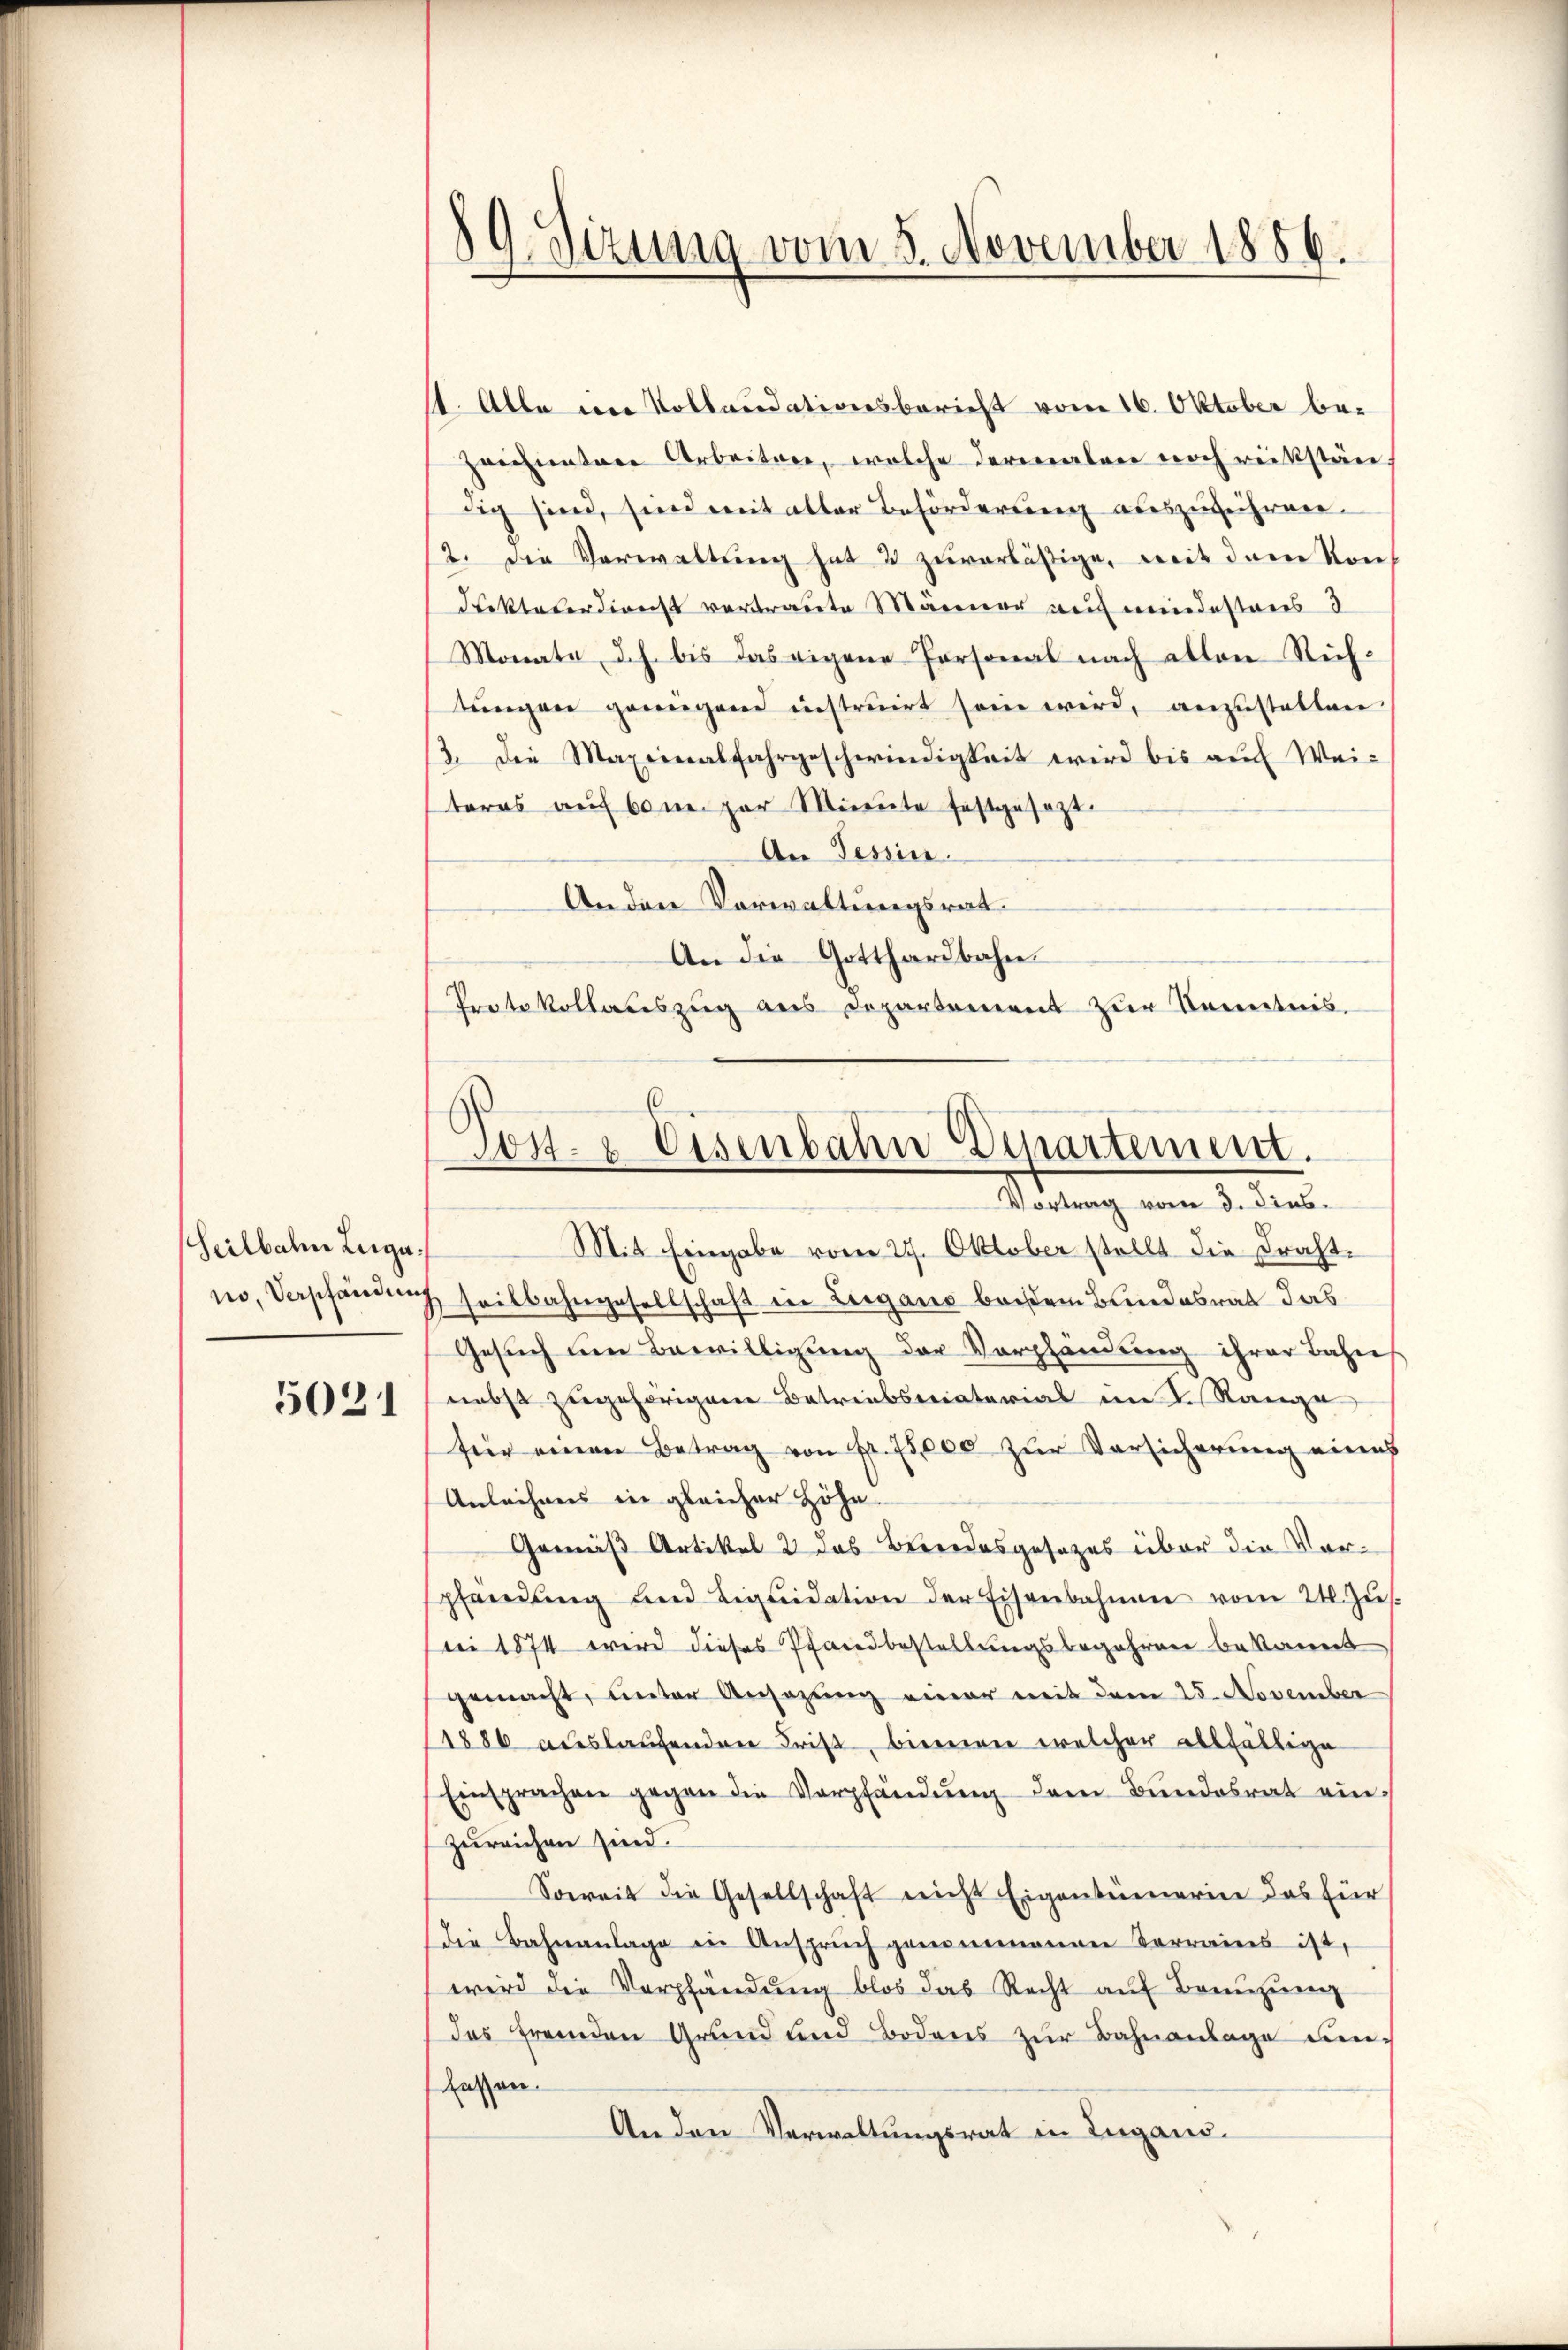
Seilbahn Luga

5021

st. Alle im Kollaudationsbericht vom 16. Oktober be¬
Zeichnetere Arbeiten, welche dermalen noch rückstän
lig sind, sind mit aller Beförderung auszuführen¬
2. Die Verwaltung hat 2 zuverlästige, mit dem Von
Diktaterdienst vertraute Männer auf meindestens d
Monate, d.h. bis das eigene Personal nach allen Richtungen genügend instruirt sein wird, anzustalten
3. Die Maximalfahrgeschwindigkeit wird bis aŭf Wei-
teres auf bon par Minute festgesezt.
An Tessin.
Anden Vorwaltungsrat
An die Gotthardbahne
Protokollauszug aus Departement zur Kenntnis.

89. Sizung vom 5. November 1886.

no, Verpfändung seitbahngesellschaft in Lugans beisem Bundesrat das
Gesuch um Bewilligung der Vorpfändung ihrer Bahn
nebst zugehörigen Betreiberatorial im K. Range
für einen Betrag von Fr. 75,000 zŭr Vorsicherung eines
Anleihens in gleicher Höhe-
Gemäß Artikel 2 das Beendesgesetzes über die Vorpfändung und Liquidation der Eisenbahnen vom 21. Jus
ei 1874 wird dieses Pfandbestellungsbegehren bekannt
gemacht, unter Ansazung einer mit dem 25. November
11886 auslaufenden Frist, binnen welcher allfällige
Einsprachen gegen die Verpfändung dem Bundesrat ein-
zureichen sind.
Soweit die Gesellschaft nicht Eigentümerin das für
die Bahnanlage in Ansprŭch genommenen Vorrains ist,
wird die Verpfändung blos das Recht auf Brenzung
das fremden Grund und Bodens zŭr Bahnanlage den¬
Lassen
Anden Verwaltungsrat in Lugano.

Post- & Eisenbahn Departement.
Vortrag vom 3. Dieb.
Mit Eingabe vom 27. Oktober stellt die Draht.